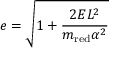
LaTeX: e = { \sqrt { 1 + { \frac { 2 E L ^ { 2 } } { m _ { \mathrm { r e d } } \alpha ^ { 2 } } } } }